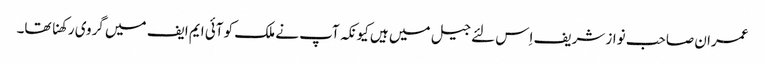
عمران صاحب نواز شریف اِس لئے جیل میں ہیں کیونکہ آپ نے ملک کو آئی ایم ایف میں گروی رکھنا تھا۔